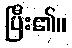
ပြီး၏။